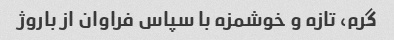
گرم، تازه و خوشمزه با سپاس فراوان از باروژ